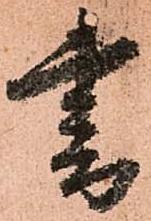
書